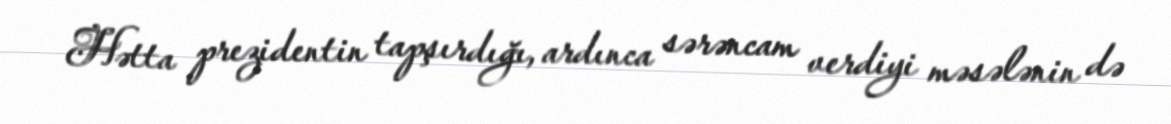
Hətta prezidentin tapşırdığı, ardınca sərəncam verdiyi məsələnin də